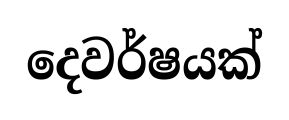
දෙවර්ෂයක්